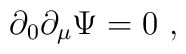
\partial_0 \partial_\mu \Psi = 0 \ ,